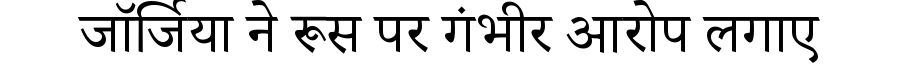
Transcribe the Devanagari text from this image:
जॉर्जिया ने रूस पर गंभीर आरोप लगाए